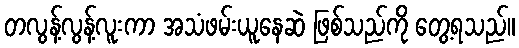
တလွန့်လွန့်လူးကာ အသံဖမ်းယူနေဆဲ ဖြစ်သည်ကို တွေ့ရသည်။